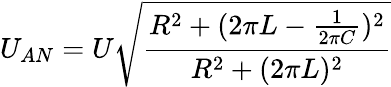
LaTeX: U_{AN}=U\sqrt{\frac{R^{2}+(2\pi L-\frac{1}{2\pi C})^{2}}{R^{2}+(2\pi L)^{2}}}